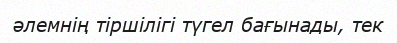
әлемнің тіршілігі түгел бағынады, тек